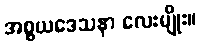
အစ္စယဒေသနာ လေးမျိုး။